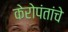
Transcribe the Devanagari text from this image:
केरोपंतांचे